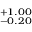
^ { + 1 . 0 0 } _ { - 0 . 2 0 }